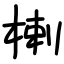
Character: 楋